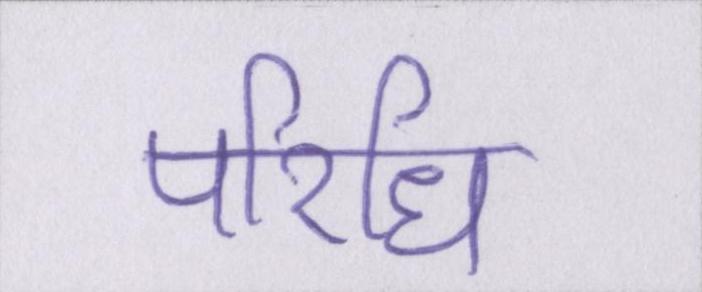
परिधि